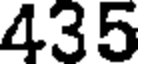
435